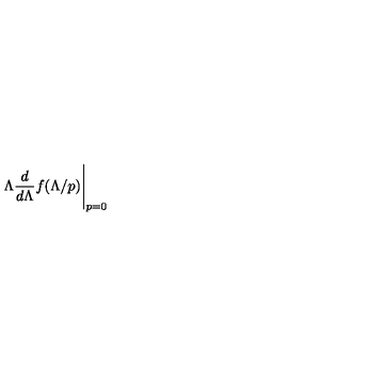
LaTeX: \Lambda \frac { d } { d \Lambda } f ( \Lambda / p ) \Bigg | _ { p = 0 }